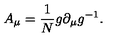
A _ { \mu } = \frac { 1 } { N } g \partial _ { \mu } g ^ { - 1 } .